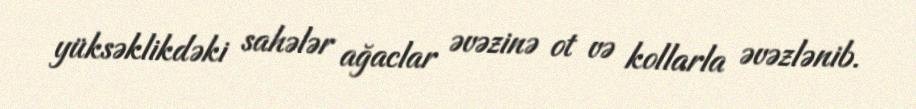
yüksəklikdəki sahələr ağaclar əvəzinə ot və kollarla əvəzlənib.